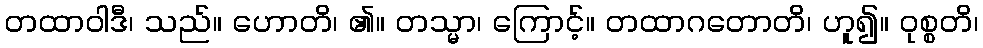
တထာဝါဒီ၊ သည်။ ဟောတိ၊ ၏။ တသ္မာ၊ ကြောင့်။ တထာဂတောတိ၊ ဟူ၍။ ဝုစ္စတိ၊